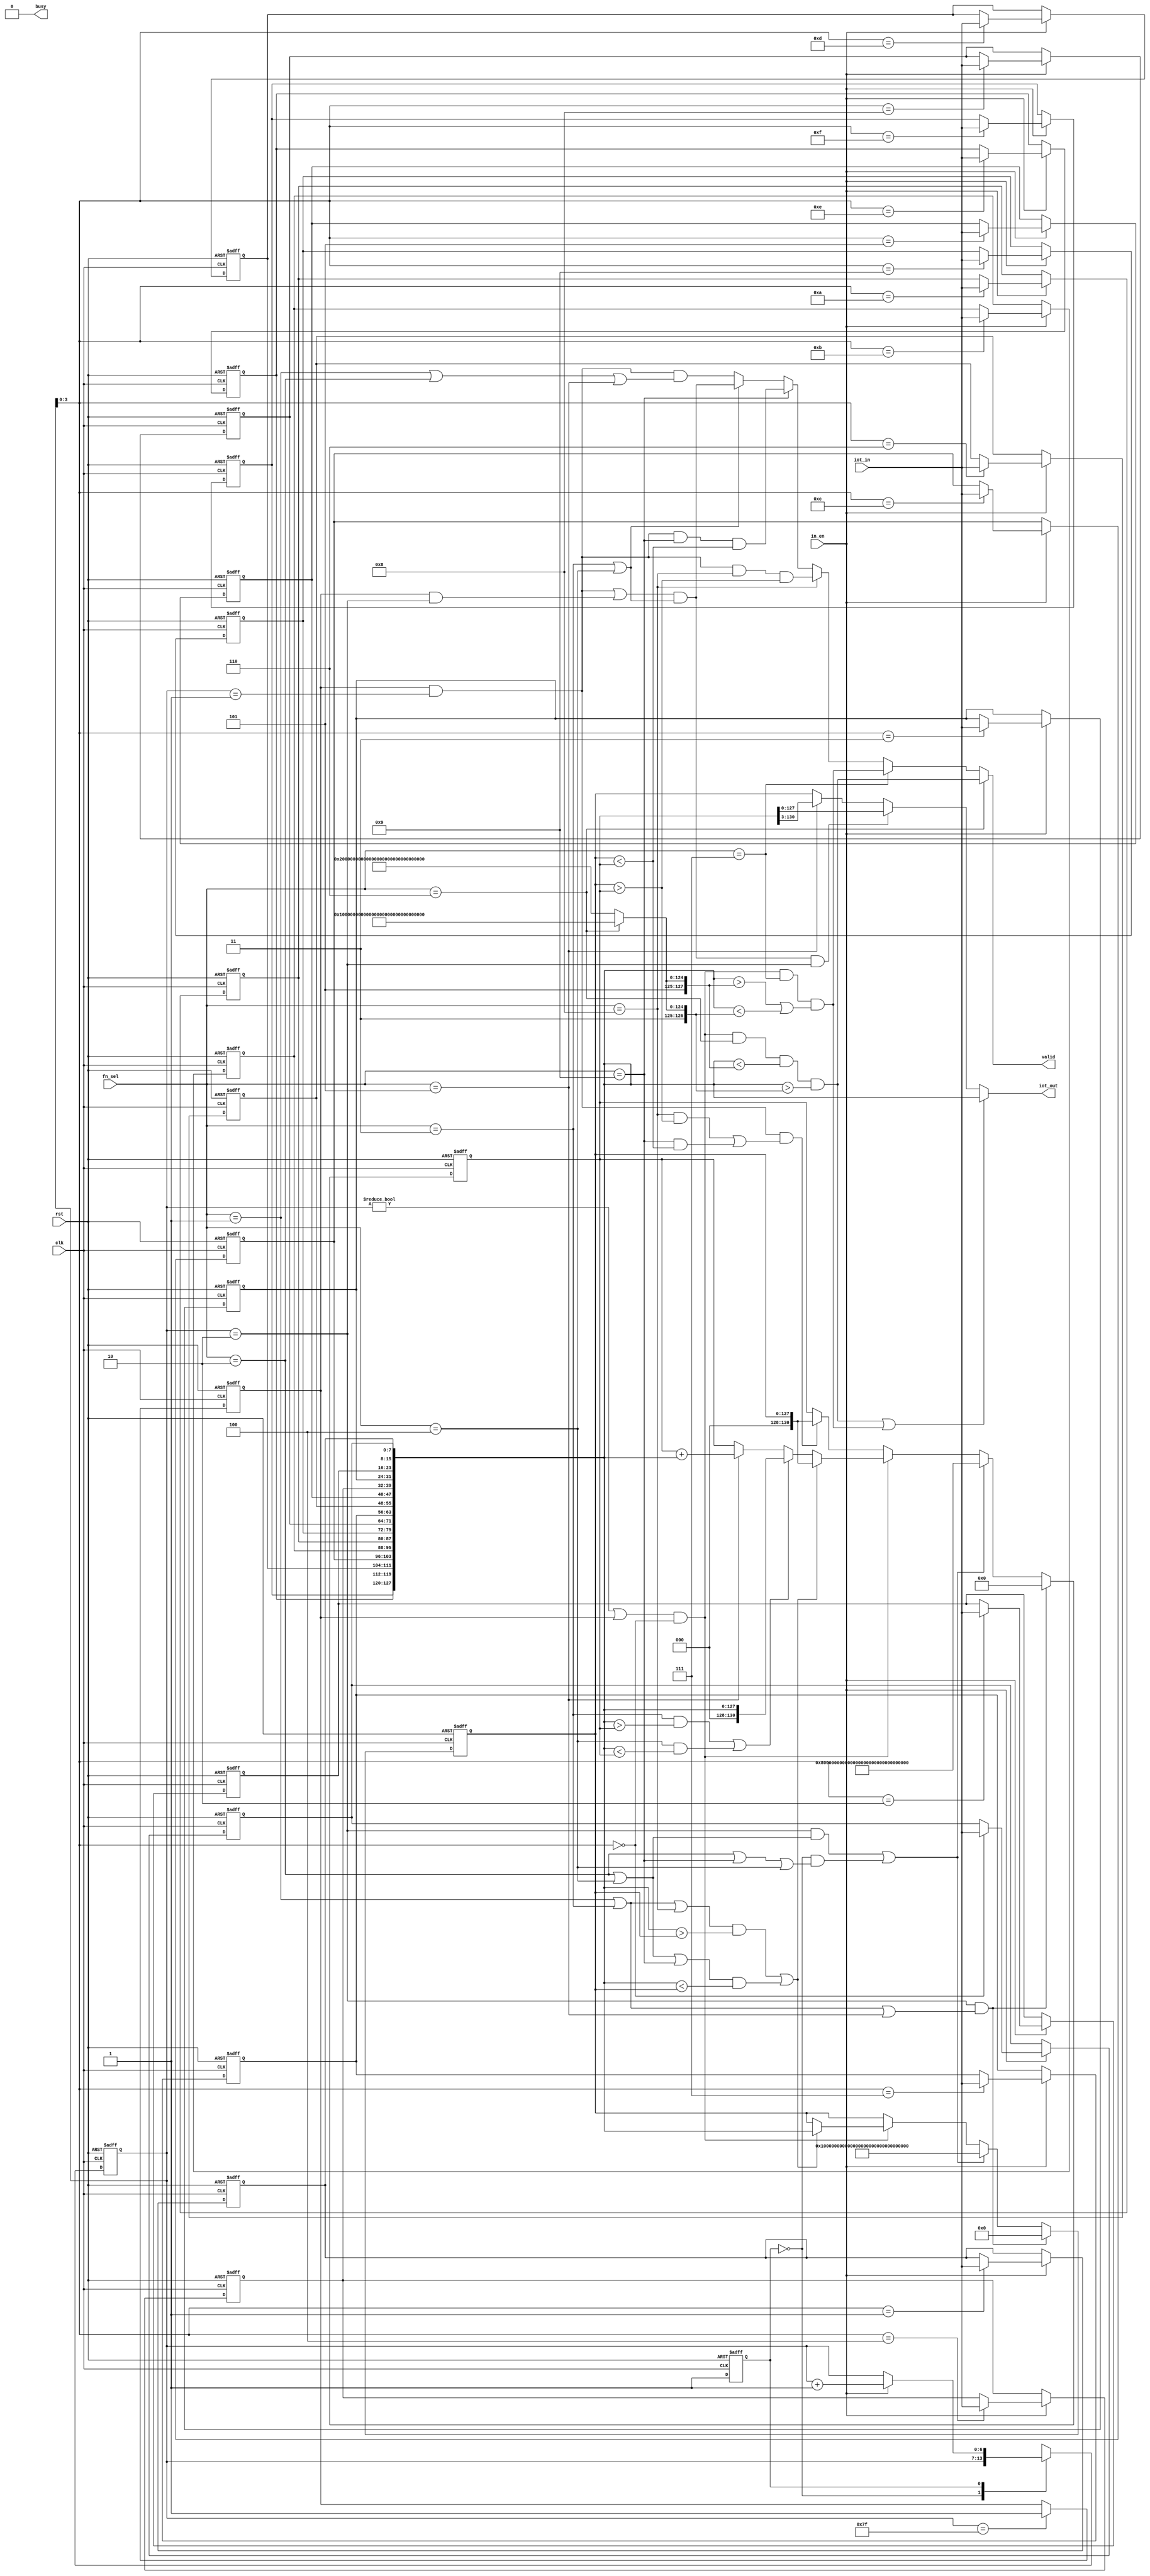
`timescale 1ns/10ps
module IOTDF( clk, rst, in_en, iot_in, fn_sel, busy, valid, iot_out);
input          clk;
input          rst;
input          in_en;
input  [7:0]   iot_in;
input  [3:0]   fn_sel;
output         busy;
output         valid;
output [127:0] iot_out;

// Definition of states
parameter   IDLE    		= 4'd0;
parameter   IN_READ     	= 4'd1;

// Definition of operations
parameter   MAX    		    = 4'd1;
parameter   MIN    	        = 4'd2;
parameter   TOP2MAX       	= 4'd3;
parameter   LAST2MIN    	= 4'd4;
parameter   AVG   	        = 4'd5;
parameter   EXTRACT      	= 4'd6;
parameter   EXCLUDE         = 4'd7;
parameter   PEAKMAX    		= 4'd8;
parameter   PEAKMIN        	= 4'd9;

// ---------------------------------------------------------------------------
// Wires and Registers
// ---------------------------------------------------------------------------
// ---- Add your own wires and registers here if needed ---- //

// INPUT
reg  [  7:0] iot_in_data [15:0];
reg  [  6:0] in_cycle_cnt_r, in_cycle_cnt_w; // 16*8=128
// FSM
reg          state, state_nxt;
reg          peak_flag;
always @(*)
begin
    state_nxt = state;
    in_cycle_cnt_w = in_cycle_cnt_r;
	case(state)
		IDLE:
		begin
            state_nxt = IN_READ;
        end
		IN_READ:
		begin
            if(in_en)
            begin
                in_cycle_cnt_w = in_cycle_cnt_r + 1;
            end
        end
	endcase
end
// FSM & Cnt(16 cycles each for 8 datas = 128)
always @(posedge clk or posedge rst) begin
	if (rst) 
	begin		
		state 		 	  <= IDLE;
        in_cycle_cnt_r    <=    0;
	end
	else 
	begin	
		state 			  <= state_nxt;
        in_cycle_cnt_r    <= in_cycle_cnt_w;
	end
end
// After Round_0
always @(posedge clk or posedge rst) begin
	if (rst) 
	begin		
		peak_flag 	<= 0;
	end
	else if(in_cycle_cnt_r == 127)
	begin	
        peak_flag   <= 1;
	end
end

integer i;
// read iot_in
always@(posedge clk or posedge rst) begin
	if(rst) begin
		for(i=0; i<16; i=i+1) iot_in_data[i] <= 0;
	end
    else if (in_en) begin
        iot_in_data[in_cycle_cnt_r[3:0]] <= iot_in;
    end
end

// OUTPUT
wire [127:0] temp_out_data;
reg  [127:0] iot_out_data_x;
reg  [130:0] iot_out_data_y;
// Valid
wire         valid_a, valid_ext, valid_exc, valid_pmx, valid_pmn, valid_tl2;
// Bound
wire [127:0] high = (fn_sel == EXTRACT)? 128'h AFFF_FFFF_FFFF_FFFF_FFFF_FFFF_FFFF_FFFF:
		   	                             128'h BFFF_FFFF_FFFF_FFFF_FFFF_FFFF_FFFF_FFFF;
				 
wire [127:0] low = 	(fn_sel == EXTRACT)? 128'h 6FFF_FFFF_FFFF_FFFF_FFFF_FFFF_FFFF_FFFF:
		   	                             128'h 7FFF_FFFF_FFFF_FFFF_FFFF_FFFF_FFFF_FFFF;
// Assignment
assign temp_out_data = { iot_in_data[15], iot_in_data[14], iot_in_data[13], iot_in_data[12],
                         iot_in_data[11], iot_in_data[10], iot_in_data[ 9], iot_in_data[ 8],
                         iot_in_data[ 7], iot_in_data[ 6], iot_in_data[ 5], iot_in_data[ 4],
                         iot_in_data[ 3], iot_in_data[ 2], iot_in_data[ 1], iot_in_data[ 0]};
wire v1 = ((in_cycle_cnt_r != 0 || peak_flag) && in_cycle_cnt_r[3:0] ==  0);
wire v2 = (peak_flag && in_cycle_cnt_r == 1);
assign valid_a = (v2 && ((fn_sel == MAX)||(fn_sel == MIN)||(fn_sel == AVG)));
assign valid_ext = (v1 && fn_sel == EXTRACT &&  temp_out_data<high && temp_out_data>low);
assign valid_exc = (v1 && fn_sel == EXCLUDE && (temp_out_data>high || temp_out_data<low));
assign valid_pmx = (v2 && fn_sel == PEAKMAX && (iot_out_data_x > iot_out_data_y));
assign valid_pmn = (v2 && fn_sel == PEAKMIN && (iot_out_data_x < iot_out_data_y));
assign valid_tl2 =((v2 || (peak_flag && in_cycle_cnt_r == 2))
                    && ((fn_sel == TOP2MAX)||(fn_sel == LAST2MIN)));
// Functions : F1 ~ F9
always@(posedge clk or posedge rst) begin
	if(rst) 
    begin
        iot_out_data_x <= 0;
        iot_out_data_y <= 0;
	end
    else if (in_cycle_cnt_r       ==  2   && (fn_sel == MAX || fn_sel == TOP2MAX || fn_sel == AVG))
    begin
        iot_out_data_x <= 0;
        iot_out_data_y <= 0;
    end
    else if ((in_cycle_cnt_r      ==  2   && (fn_sel == MIN || fn_sel == LAST2MIN))
          || (state               == IDLE && (fn_sel == MIN || fn_sel == PEAKMIN || fn_sel == LAST2MIN)))
    begin
        iot_out_data_x <= 128'hffff_ffff_ffff_ffff_ffff_ffff_ffff_ffff;
        iot_out_data_y <= 131'h7_ffff_ffff_ffff_ffff_ffff_ffff_ffff_ffff;
    end
    else if (v1)      
    begin
		if( ((fn_sel == MAX || fn_sel == TOP2MAX || fn_sel == PEAKMAX)  && (temp_out_data > iot_out_data_x))
         || ((fn_sel == MIN || fn_sel == LAST2MIN || fn_sel == PEAKMIN) && (temp_out_data < iot_out_data_x)))
        begin
            iot_out_data_x <= temp_out_data;
        	iot_out_data_y <= {{3{1'b0}}, iot_out_data_x};
		end
		else if ((fn_sel == TOP2MAX  && (temp_out_data > iot_out_data_y))
              || (fn_sel == LAST2MIN && (temp_out_data < iot_out_data_y)))
    	begin
        	iot_out_data_y <= {{3{1'b0}}, temp_out_data};
    	end
		else if (fn_sel == AVG)
    	begin
        	iot_out_data_y <= iot_out_data_y + {{3{1'b0}}, temp_out_data};
    	end
	end
    else if( v2 && ((fn_sel == PEAKMAX && (iot_out_data_x > iot_out_data_y))
         || (fn_sel == PEAKMIN && (iot_out_data_x < iot_out_data_y))))
    begin
        iot_out_data_y <= {{3{1'b0}}, iot_out_data_x};
    end
end

// ---------------------------------------------------------------------------
// Continuous Assignment
// ---------------------------------------------------------------------------
// ---- Add your own wire data assignments here if needed ---- //

assign busy 	  = 0;
assign valid 	  = (fn_sel == EXTRACT) ? valid_ext : 
                    (fn_sel == EXCLUDE) ? valid_exc :
                    (fn_sel == PEAKMAX) ? valid_pmx :
                    (fn_sel == PEAKMIN) ? valid_pmn : 
                    (fn_sel == TOP2MAX || fn_sel == LAST2MIN) ? valid_tl2 :valid_a;
assign iot_out 	  = (valid_ext || valid_exc) ? temp_out_data : 
                    (valid_tl2 && in_cycle_cnt_r == 2) ? iot_out_data_y[127:0] : 
                    (fn_sel == AVG) ? iot_out_data_y[130:3] : iot_out_data_x;

endmodule